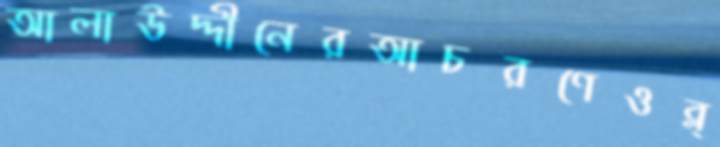
আলাউদ্দীনেরআচরণেওব্ল্